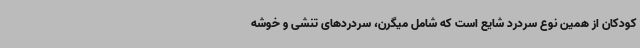
کودکان از همین نوع سردرد شایع است که شامل میگرن، سردردهای تنشی و خوشه